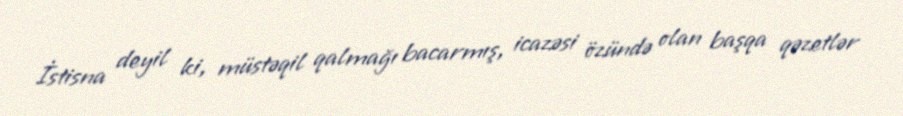
İstisna deyil ki, müstəqil qalmağı bacarmış, icazəsi özündə olan başqa qəzetlər